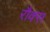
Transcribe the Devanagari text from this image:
रौक्स